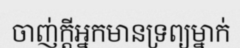
ចាញ់ក្តីអ្នកមានទ្រព្យម្នាក់